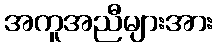
အကူအညီများအား